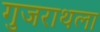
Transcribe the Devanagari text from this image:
गुजराथला